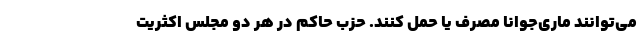
می‌توانند ماری‌جوانا مصرف یا حمل کنند. حزب حاکم در هر دو مجلس اکثریت